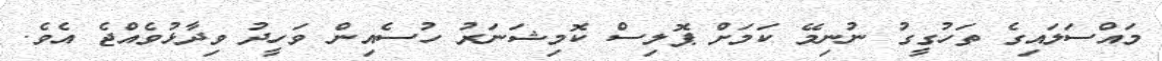
މައްސަލައިގެ ތަހުގީގު ނުނިމޭ ކަމަށް ޕޮލިސް ކޮމިޝަނަރު ހުސެއިން ވަހީދު ވިދާޅުވެއްޖެ އެވެ.